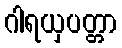
ဂါရယှပတ္တာ